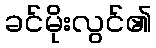
ခင်မိုးလွင်၏